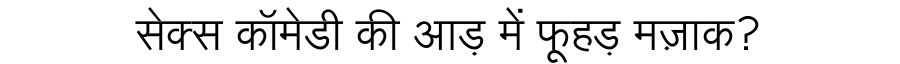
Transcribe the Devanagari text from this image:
सेक्स कॉमेडी की आड़ में फूहड़ मज़ाक?